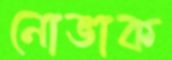
নোভাক